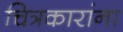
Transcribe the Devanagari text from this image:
चित्रकारांना